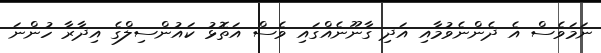
ނަމަވެސް އެ ދެންނެވުމާއި އަދި ގާނޫނެއްގައި ވެސް އަތޮޅު ކައުންސިލްގެ އިދާރާ ހުންނަ